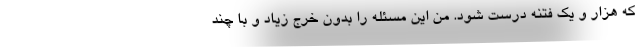
که هزار و یک فتنه درست شود. من این مسئله را بدون خرج زیاد و با چند